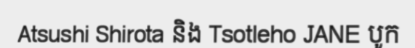
Atsushi Shirota និង Tsotleho JANE បូក